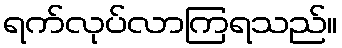
ရက်လုပ်လာကြရသည်။